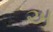
અ